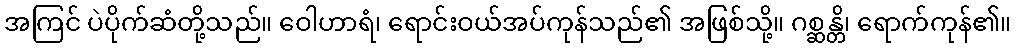
အကြင် ပဲပိုက်ဆံတို့သည်။ ဝေါဟာရံ၊ ရောင်းဝယ်အပ်ကုန်သည်၏ အဖြစ်သို့။ ဂစ္ဆန္တိ၊ ရောက်ကုန်၏။